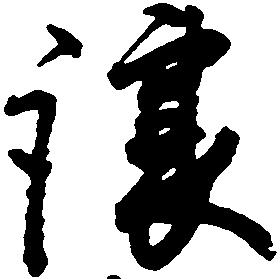
譲